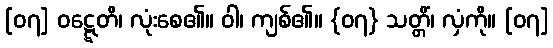
[၀၇] ဝဋ္ဋေတိ၊ လုံးစေ၏။ ဝါ၊ ကျစ်၏။ {၀၇} သတ္တိံ၊ လှံကို။ [၀၇]